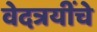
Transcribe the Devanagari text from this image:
वेदत्रयींचे